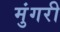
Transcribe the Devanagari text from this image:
मुंगरी